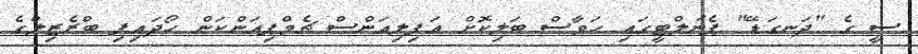
ސީ ގެ "ދަނގަޑޭ" ޕެނަލްޓީގައި ހަވާސް ބަލިކޮށް އަފިލިއަންސް ޗެމްޕިއަންކަން ހޯދައިފި ބްރެޒިލްގެ